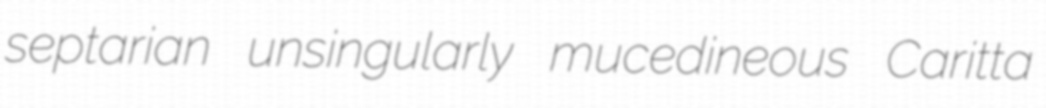
septarian unsingularly mucedineous Caritta